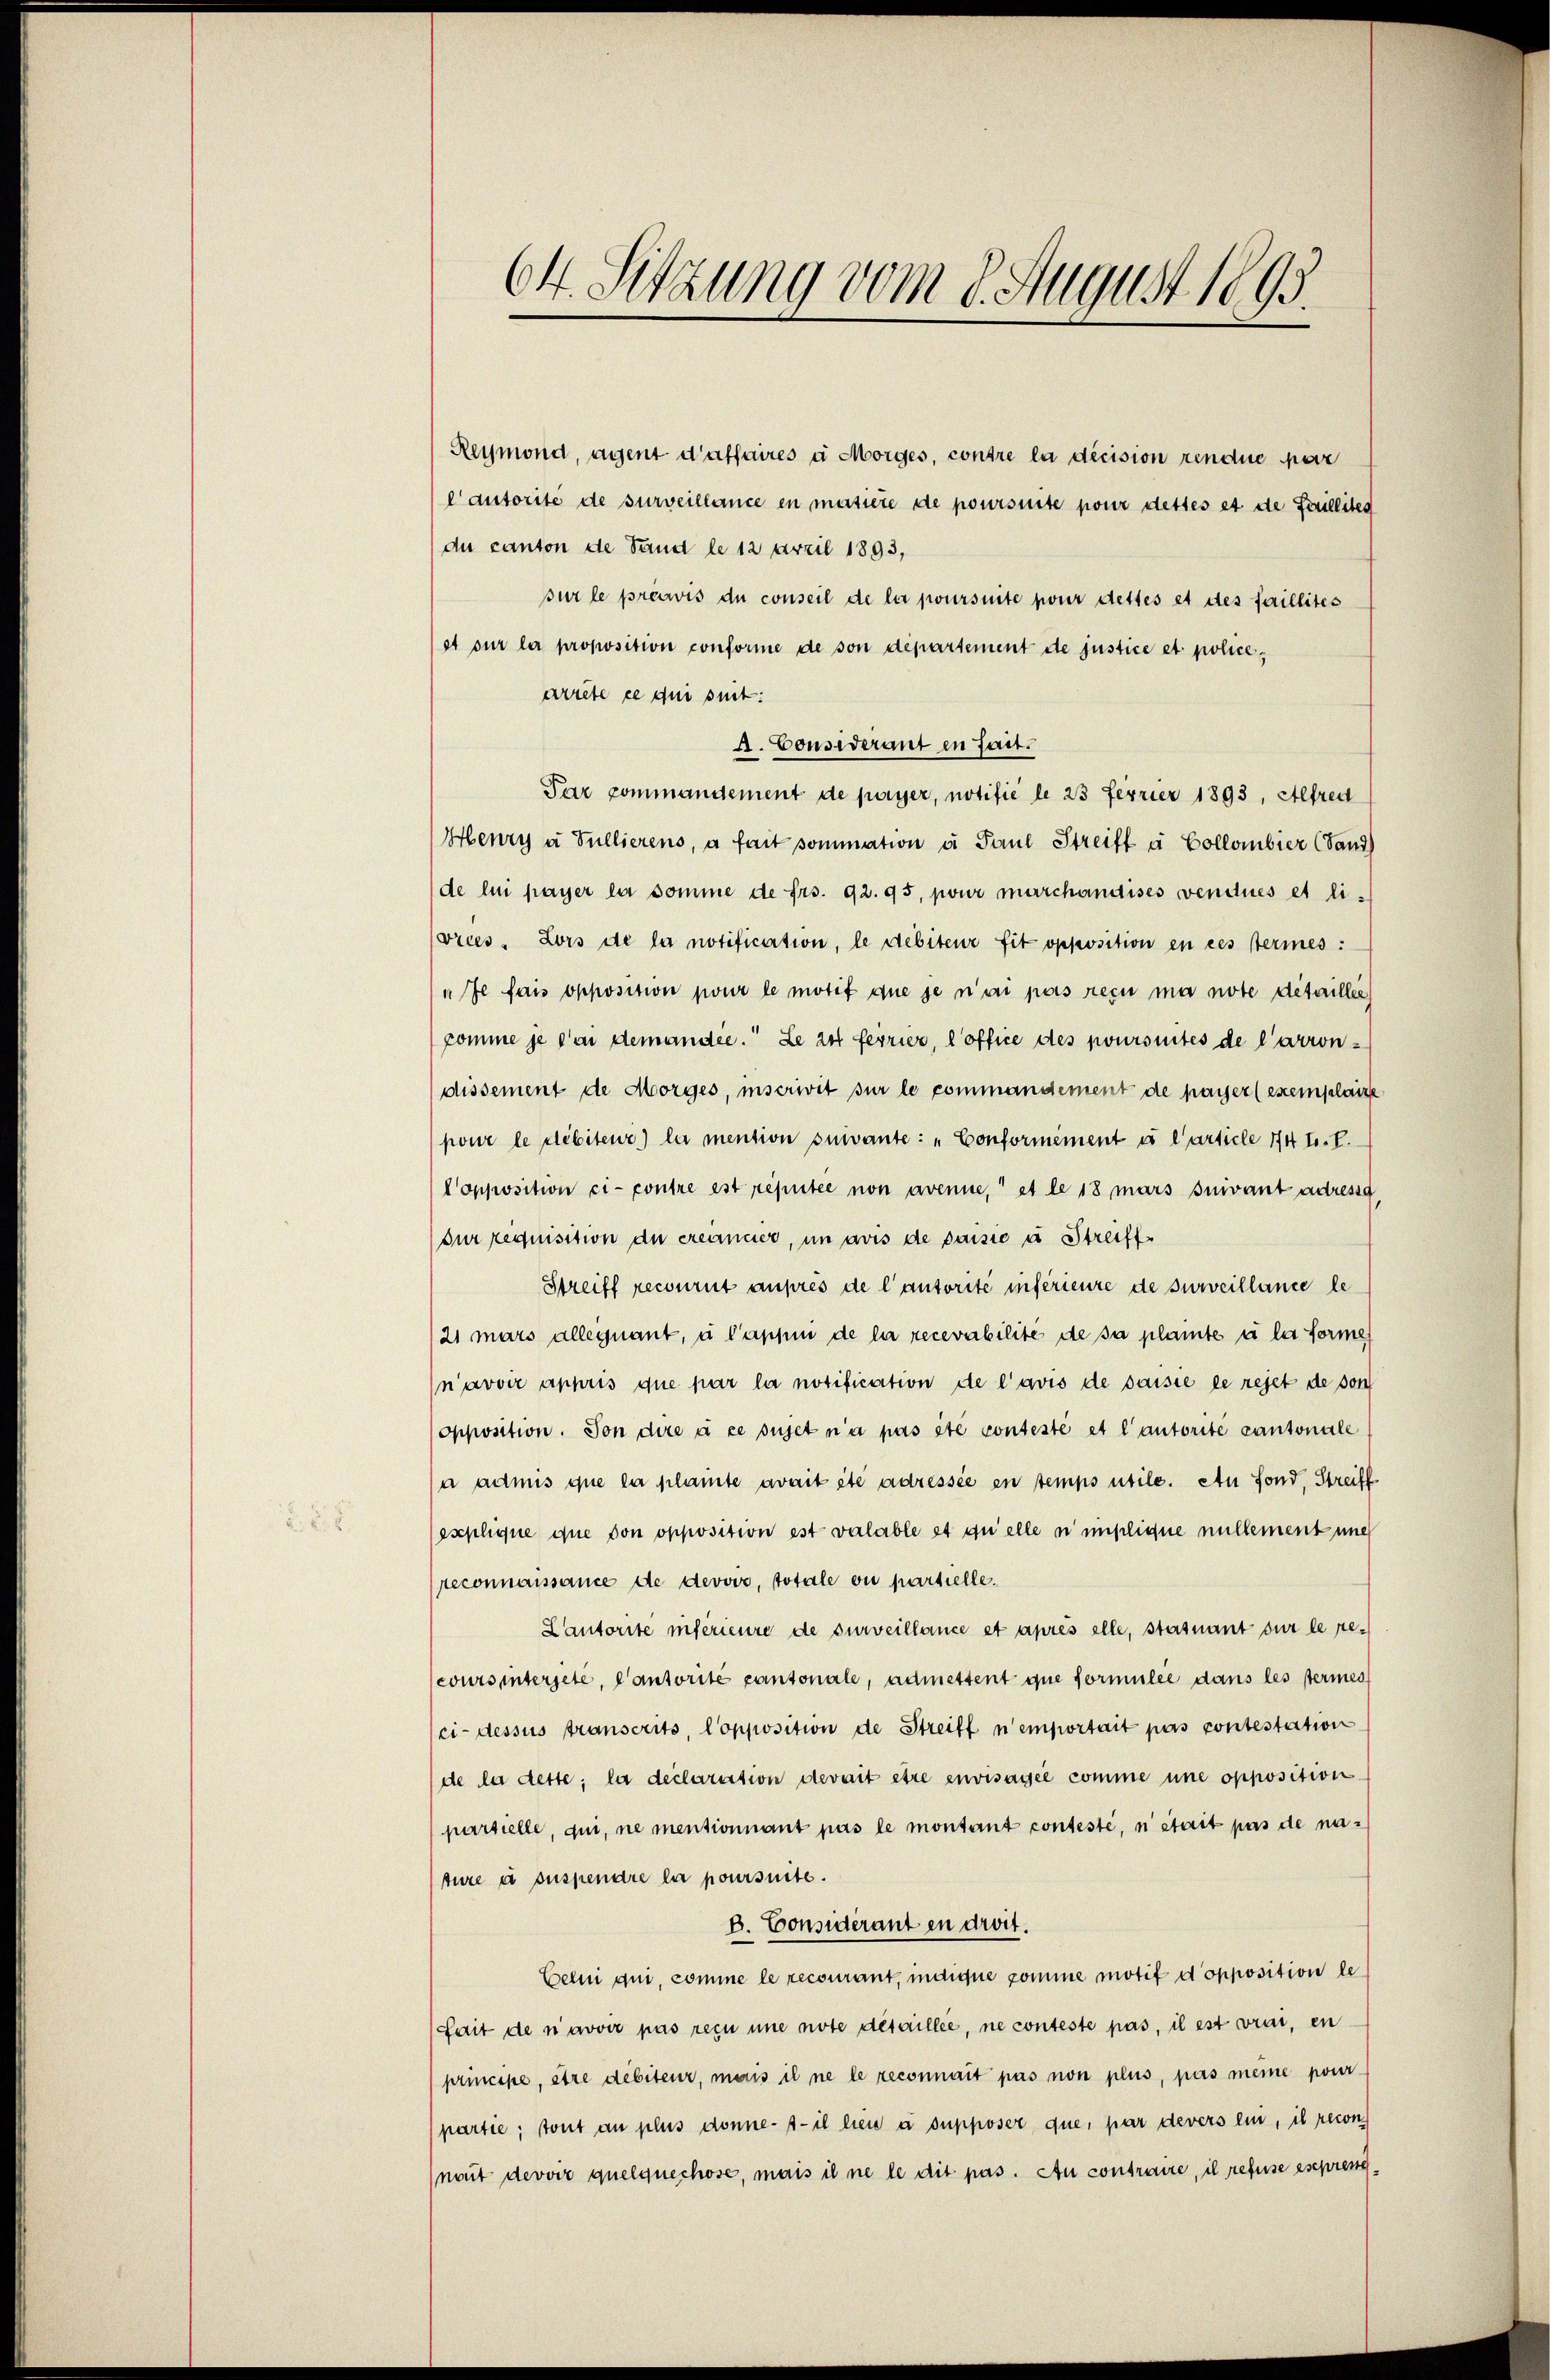
64. Sitzung vom 8. August 1895.

Reymond, agent d’affaires u Morges, contre la décision rendue par
Cautorité de surveillance en matière de poursuite pour dettes et de Faillites
du canton de Sand le 12 April 1893,
sur le preewis du conseil de la joursuite pour dettes et des faillites
et sur la proposition conforme de son departement de justice et police,
arrête ce qui suit:
A. Considerant en fait.
Par commandement de payer, notifié le 23 Ferier 1893, Alfred
Henry a Sullierens, a fait sommation u. Paul Streift à Collombier (Sand)
de lui payer la somme de frs. 92. 95, pour marchandises vendues et li-
(vices. Lors de la notification, le debiteur fit opposition en ces sermes :
afe fais opposition pour le motif que je n’a pas reçu ma note detailles
comme je dai demandee. Le att ferrier, l’office des poursuites de l’arrondissement de Morges, inscrivit sur le commandement de payer (exemplare
pour le débiteur) la mention suivante : „Conformément u l’article 174 f. E.
Copposition ci- contre est réputée non avenne, et le 18 mars suivant adressa
dur requisition du créancier, in avis de paisie u Streiff
Streift recourut auprès de l’autorité inférieure de surveillance le
21 mars alle quant, à l’appni de la recevabilité de sa plante à la forme
n’avoir appris que par la notification de l’avis de saisie le rejet de son
opposition. Von dire à ce sujet n’a pas été conteste et l’autorite cantonale
/a admis que la plante avait été adressée en temps utile. An Fond, Streiff
explique que von opposition est valable et quelle in implique nullement une
reconnaissance de devoir, totale ou partielle.
Lautorite inférieure de surveillance et après elle, stasnant sur le recours intersete, Cantorité cantonale, admettent que formulie dans les sermes
ci-dessus transcrits, l’opposition de Streiff n’emportait pas contestation
de la dette; la declaration devait être envisagée comme une opposition
pursielle, qui, ne mentionnant pas le montant conteste, ni stait pas de nature à suspendre la poursuite.
B. Considérant in droit.
Celui qui, comme le recourant, indique comme motif d’opposition lehait de n’avoir pas recu une note detaillee, ne conteste pas, il est vrai, en
principe, être débiteur, mais il ne le reconnait pas non plus, pas meine pour
partie; sont au plus donne- s- il lieu à supposer que, par devers lui, il recon
nait devoir quelquechose, mais il ne le dit pas. An contraire, il refuse esepreng¬